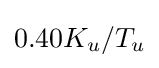
0.40K_{u}/T_{u}